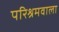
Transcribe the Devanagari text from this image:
परिश्रमवाला